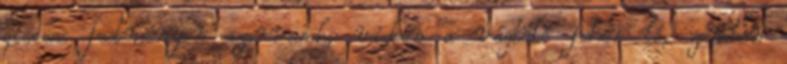
giccses festményen szarvasok, videón a vágtató fehér ló, zenében